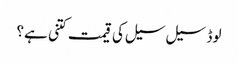
لوڈ سیل سیل کی قیمت کتنی ہے؟